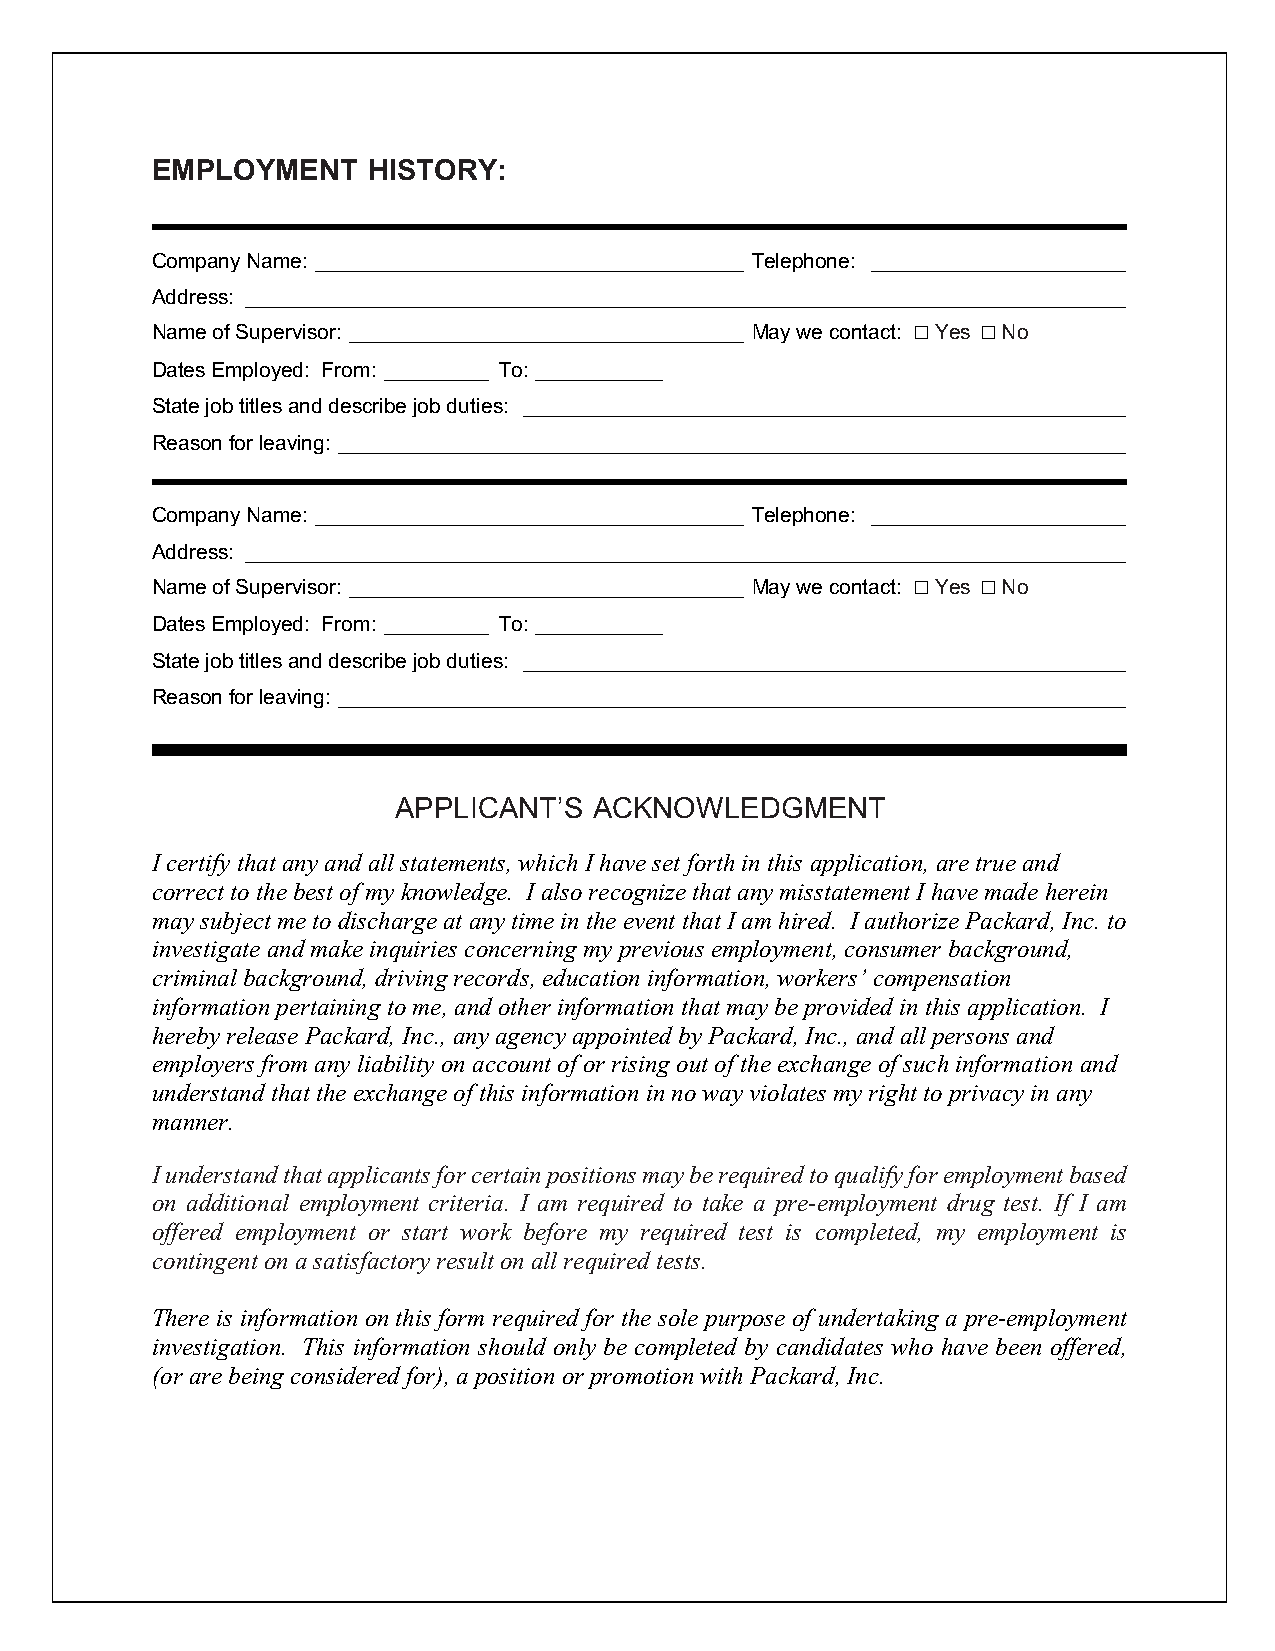
EMPLOYMENT    HISTORY:
 Company Name: _____________________________________ Telephone: ______________________
 Address: ____________________________________________________________________________
 Name of Supervisor: __________________________________ May we contact: ☐ Yes ☐ No
 Dates Employed: From: _________ To: ___________
 State job titles and describe job duties: ____________________________________________________
 Reason for leaving: ____________________________________________________________________
 Company Name: _____________________________________ Telephone: ______________________
 Address: ____________________________________________________________________________
 Name of Supervisor: __________________________________ May we contact: ☐ Yes ☐ No
 Dates Employed: From: _________ To: ___________
 State job titles and describe job duties: ____________________________________________________
 Reason for leaving: ____________________________________________________________________
 APPLICANT’S  ACKNOWLEDGMENT
 I certify that any and all statements, which I have set forth in this application, are true and
 correct to the best of my knowledge. I also recognize that any misstatement I have made herein
 may subject me to discharge at any time in the event that I am hired. I authorize Packard, Inc. to
 investigate and make inquiries concerning my previous employment, consumer background,
 criminal background, driving records, education information, workers’ compensation
 information pertaining to me, and other information that may be provided in this application. I
 hereby release Packard, Inc., any agency appointed by Packard, Inc., and all persons and
 employers from any liability on account of or rising out of the exchange of such information and
 understand that the exchange of this information in no way violates my right to privacy in any
 manner.
 I understand that applicants for certain positions may be required to qualify for employment based
 on additional employment criteria. I am required to take a pre-employment drug test. If I am
 offered employment or start work before my required test is completed, my employment is
 contingent on a satisfactory result on all required tests.
 There is information on this form required for the sole purpose of undertaking a pre-employment
 investigation. This information should only be completed by candidates who have been offered,
 (or are being considered for), a position or promotion with Packard, Inc.